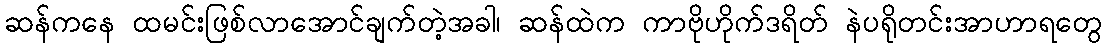
ဆန်ကနေ ထမင်းဖြစ်လာအောင်ချက်တဲ့အခါ၊ ဆန်ထဲက ကာဗိုဟိုက်ဒရိတ် နဲပရိုတင်းအာဟာရတွေ